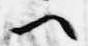
へ